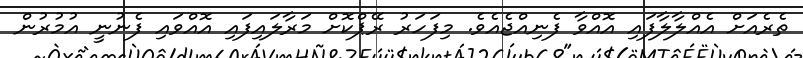
ތެރެއަށް އެއްލާލާފައި އޮއްވާ ފެނިއްޖެއެވެ. މިފަހަރު ރޭޕްކޮށް މަރާލައިފައި އޮއްވައި ފެނުނީ އުމުރުން